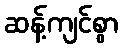
ဆန့်ကျင်စွာ